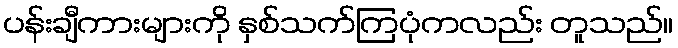
ပန်းချီကားများကို နှစ်သက်ကြပုံကလည်း တူသည်။